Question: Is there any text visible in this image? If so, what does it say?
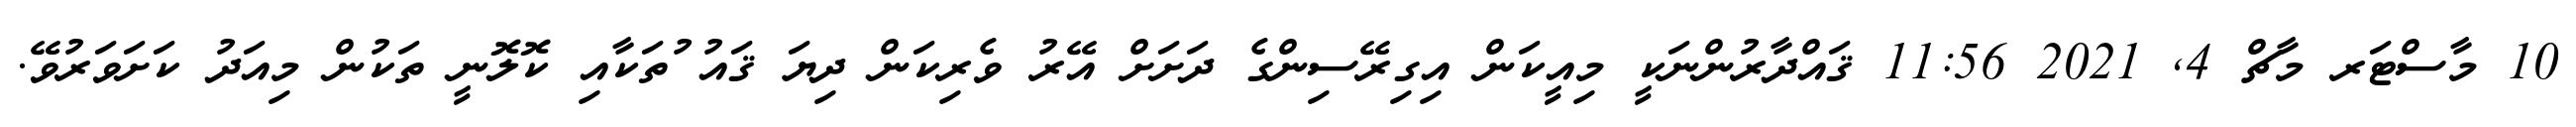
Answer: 10 މާސްޓަރ މާޗް 4, 2021 11:56 ޤައްދާރުންނަކީ މިއީކަން އިގިރޭސިންގެ ދަށަށް އޭރު ވެރިކަން ދިޔަ ޤައު ުތަކާއި ކޮލޮނީ ތަކުން މިއަދު ކަށަވަރުވޭ.